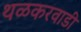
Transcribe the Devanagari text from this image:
थळकरवाडी